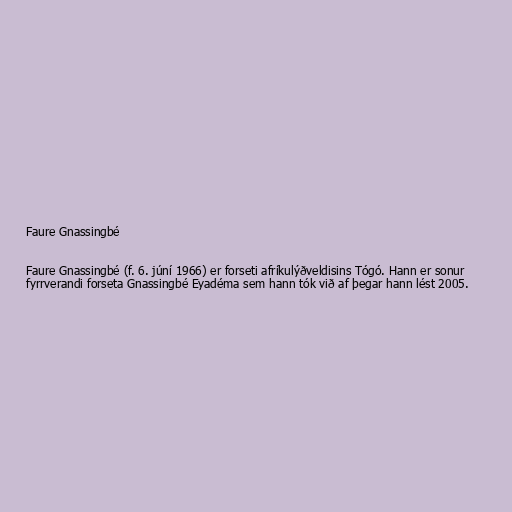
Faure Gnassingbé

Faure Gnassingbé (f. 6. júní 1966) er forseti afríkulýðveldisins Tógó. Hann er sonur
fyrrverandi forseta Gnassingbé Eyadéma sem hann tók við af þegar hann lést 2005.